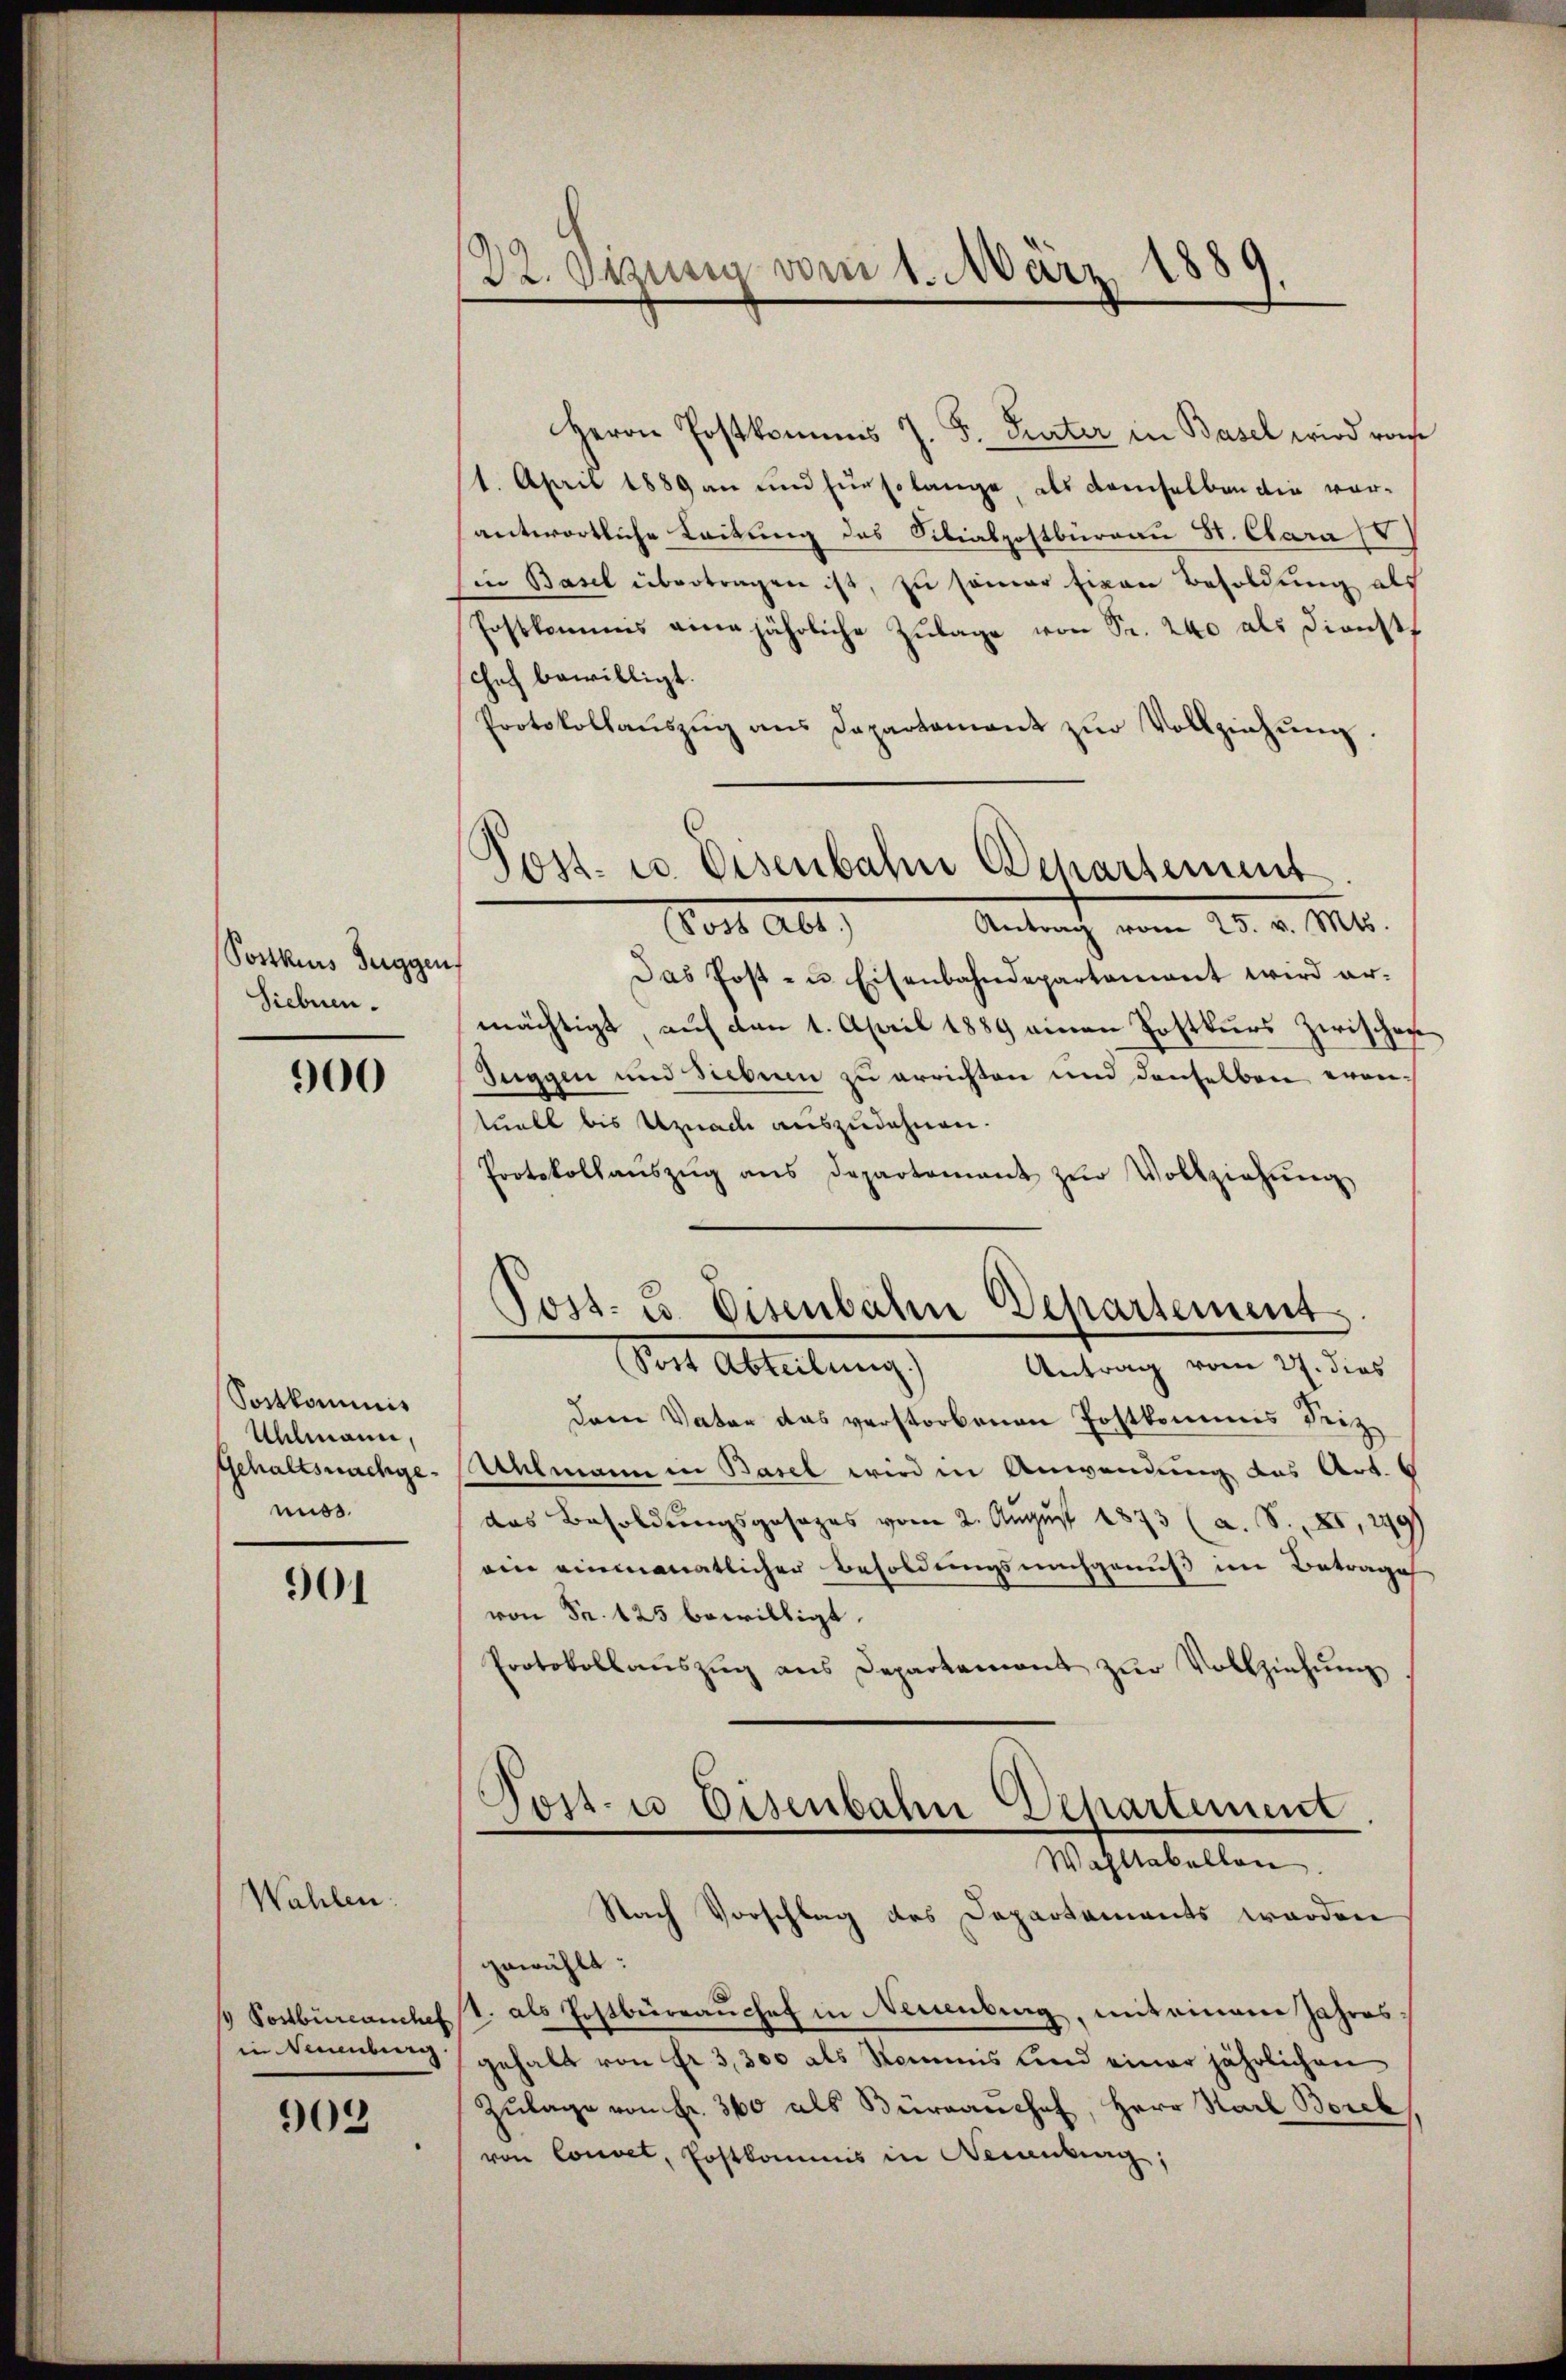
Sostkurs Fuggen
Siebnen.

Wahlen:

900

Postkommnis
Uhlmann,
nuss.

901

Herrn Postkommis J. F. Turter in Basel wird von
/1. April 1889 an und für solange, als demselben die vorantwortliche Leitung des Silialpostbüreau St. Clara IV
Ein Basel übertragen ist, zu seiner Eigen Besoldung als
Postkommis eine jährliche Zulage von Sr. 240 als Dienst
chef bewilligt.
Protokollaŭszŭg ans Departament zŭr Vollziehŭng.
Das Post- u. Eisenbahndepartamant wird armächtigt auf den 1. April 1889 einen Postkurs zwischen
Suggen und Sieben zu errichten und denselben erantuell bis Uznach auszudehnen.
Protokollaŭszŭg ans Departement zŭr Vollziehŭng
Dem Vater das verstorbenen Postkommis Seiz
Gehaltsnachge-Ahlmann in Basel wird in Anwendung des Art. 6
das Besoldungsgesages vom 2. August 1873 (a. S. XI, 299
ein einmonatlicher Besoldungsnachgenuß im Betrage
von Fr. 125 bewilligt.
Protokollaŭszŭg ans Departement zŭr Vollziehung
Post- u Eisenbahn Departement
Wahltabellen.
Nach Vorschlag des Departaments worden
gewählt:
 Ponbürcanches V. als Postbürrauchef in Neuenburg, mit einem Jahresgehalt von Fr. 3,300 als Kommis und einer jährlichen
Zŭlage von Fr. 360 als Büreaŭchef, Herr Stadt Borel
von Convet, Postkommis in Decankung,

in Neuenburg.
903

122. Dezung vom 1. März 1889

Post. u. Eisenbahn Departement
Antrag vom 25. v. Mts.
Forts alt,

Post- u. Disenbahn Departement
(Sost Abteilung.)
Antrag vom 27. dies